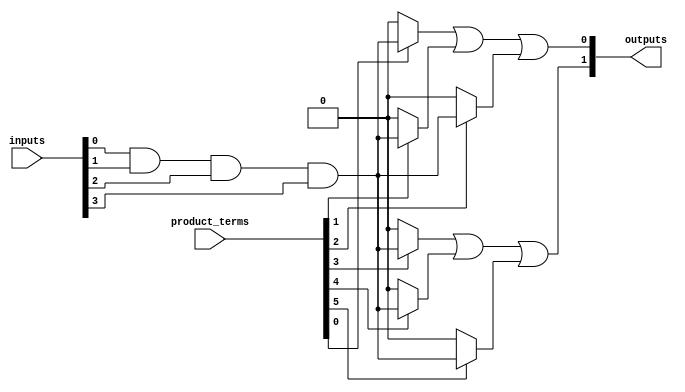
module CLB (
    input wire [N-1:0] inputs,      // N input signals
    input wire [M-1:0] product_terms, // M programmable product terms
    output wire [P-1:0] outputs      // P output signals
);

// Parameters
parameter N = 4; // Number of inputs
parameter M = 8; // Number of AND gates (product terms)
parameter P = 2; // Number of outputs

// Internal wires for AND plane outputs
wire [M-1:0] and_out;

// AND Plane: Programmable AND gates
genvar i;
generate
    for (i = 0; i < M; i = i + 1) begin : and_plane
        assign and_out[i] = (product_terms[i]) ? (inputs[0] & inputs[1] & inputs[2] & inputs[3]) : 1'b0; // Example logic
    end
endgenerate

// OR Plane: Combining AND gate outputs to produce final outputs
assign outputs[0] = and_out[0] | and_out[1] | and_out[2]; // Example OR logic for output 0
assign outputs[1] = and_out[3] | and_out[4] | and_out[5]; // Example OR logic for output 1

// Feedback and control logic can be added here if needed

endmodule